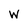
Character: w